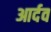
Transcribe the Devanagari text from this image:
आर्दव